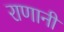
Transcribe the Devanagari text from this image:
राणानी